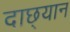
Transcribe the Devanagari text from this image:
दाछ्यान